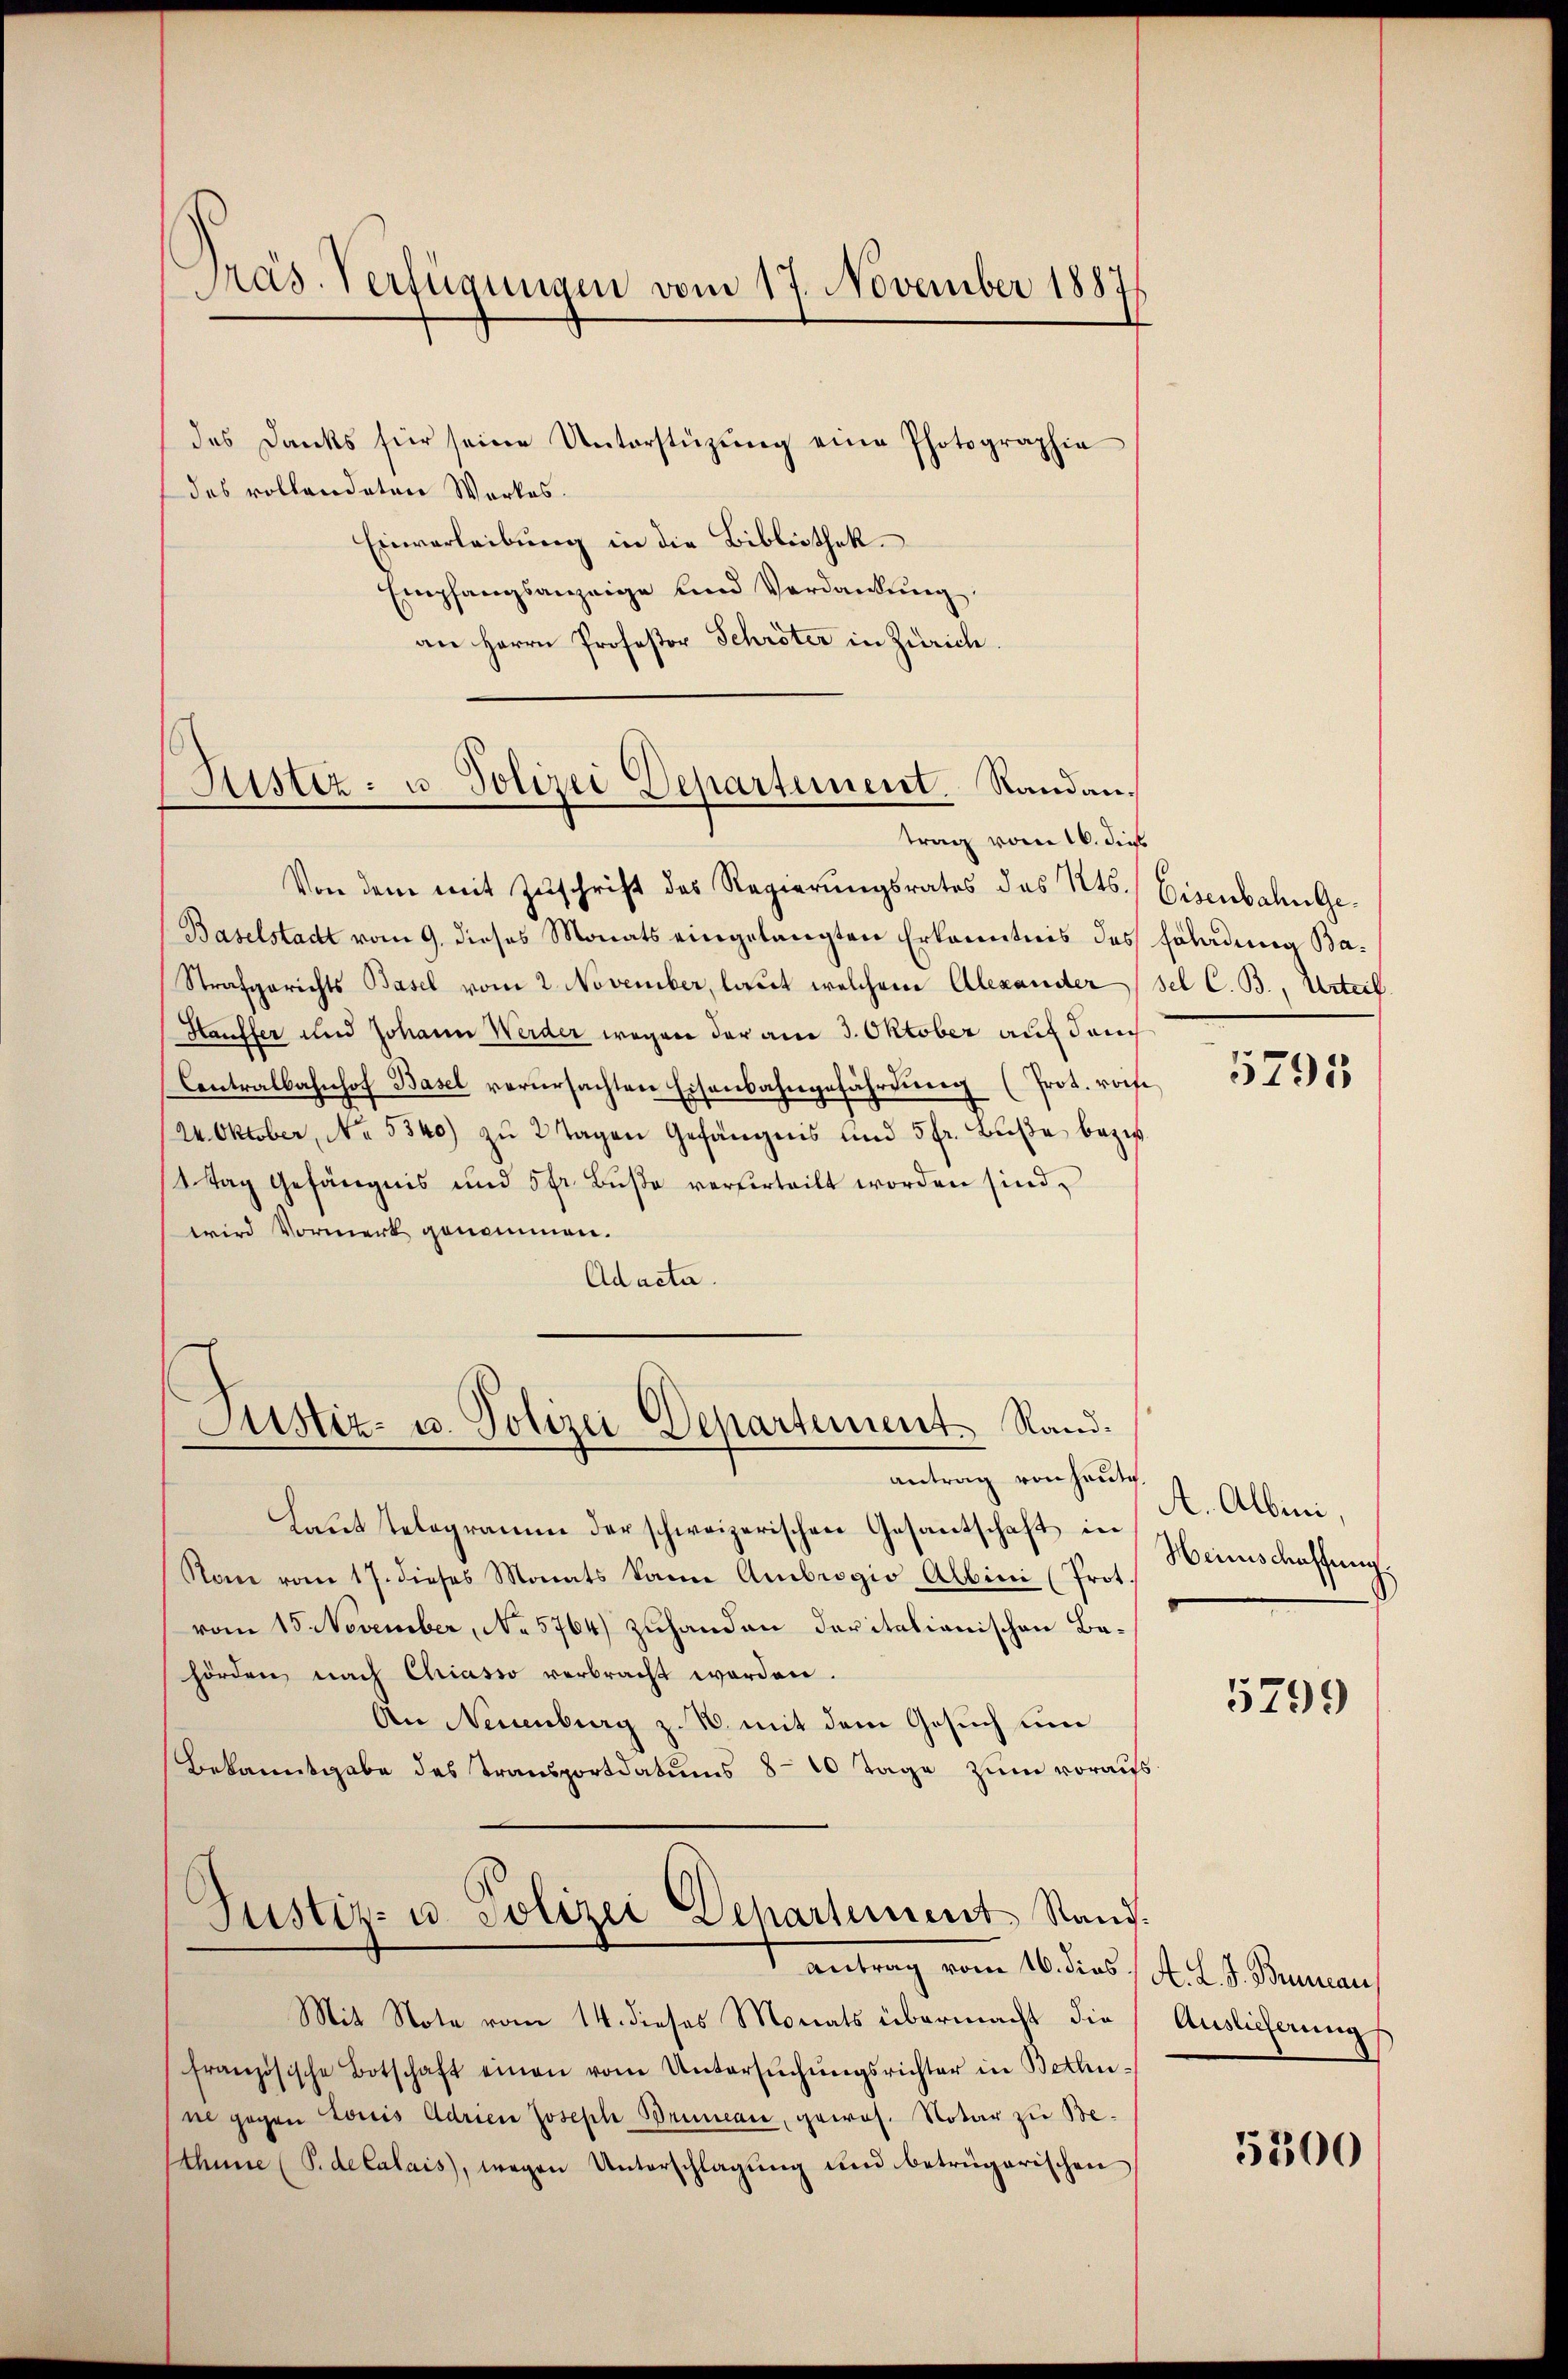
Pras. Verfügungen vom 17. November 1887

des Danks für seine Unterstützŭng eine Photographie
des vollandaten Werkes.
Einverleibung in die Bibliothek
Empfangsanzeige und Verdankung,
an Herrn Professor Schröter in Zürich.

Sistiz- u. Polizei Departement. Randantrag vom 16. dies

Justiz- u. Polizei Departement. Rand¬

Von dem mit Zuschrift des Regierungsrates des Kts. Eisenbahn Ge¬
Baselstadt vom 9. dieses Monats eingelangten Erkanntnis des Fladung Ba¬
Strafgerichts Basel vom 2. November, laut welchem Alexander (sel C. B., Urteil
Hauffer und Johann Werder wegen der am 3. Oktober auf durch
Centralbahnhof Basel verursachten Eisenbahngefährdung (Prot. roche
24. Oktober, No. 5340) zu 2 Tagen Gefängnis und 5 fr. Buße bezi
1Tag Gefängnis und 5 fr. Buße verferteilt worden sind,
wird Vormerk genommen.
Adacta.

antrag vom 16. dies 14. d. d. Bauman

antrag von heute.
Laut Telegramm der schweizerischen Gesantschaft in
Non vom 17. dieses Monats kann Ambrogio Albini (Prot
vom 15. November, No 5764) zuhanden daritalianischen Bahörden nach Chriasso verbracht worden.
An Neuenburg z. B. mit dem Gesuch um
Bekanntgabe des Transportdatums 8-10 Tage zum voraus
Justiz- u. Polizei Departement Stand.

Mit Note vom 14. dieses Monats übermacht die
französische Botschaft einen vom Untersŭchŭngsrichter in Bethune gegen Louis Adrien Joseph Bruneai, gewos. Notar zu Meahnne (P.dekalais), wegen Unterschlagung und betrügerischen

5795

A. Albini,
Heimschaffung

5799

Auslieferung

5300